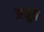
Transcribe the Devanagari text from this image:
अमुत्र